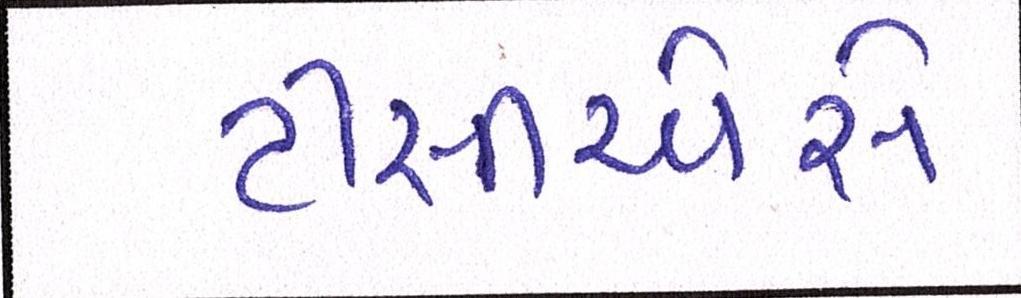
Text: ટીસીએસે